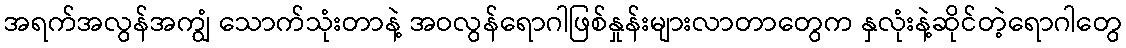
အရက်အလွန်အကျွံ သောက်သုံးတာနဲ့ အဝလွန်ရောဂါဖြစ်နှုန်းများလာတာတွေက နှလုံးနဲ့ဆိုင်တဲ့ရောဂါတွေ